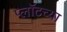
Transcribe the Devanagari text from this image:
प्लॉटच्या